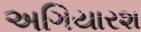
અગિયારશ